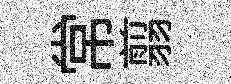
常翦